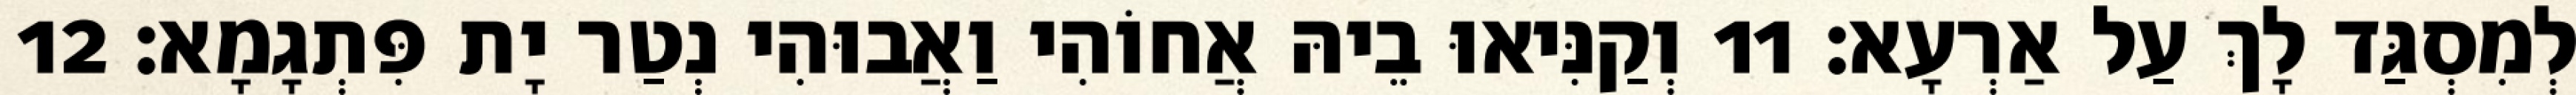
לְמִסְגַּד לָךְ עַל אַרְעָא׃ 11 וְקַנִּיאוּ בֵיהּ אֲחוֹהִי וַאֲבוּהִי נְטַר יָת פִּתְגָמָא׃ 12